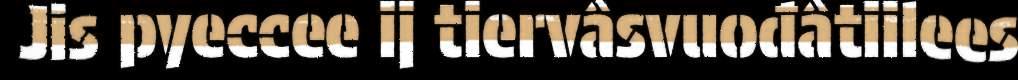
Jis pyeccee ij tiervâsvuođâtiilees